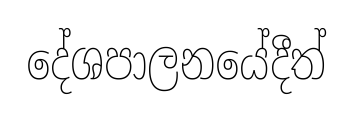
දේශපාලනයේදීත්